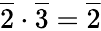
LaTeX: {\overline{{2}}}\cdot{\overline{{3}}}={\overline{{2}}}